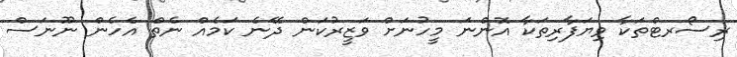
ޜިސޯރޓްތަކާ ވިޔަފާރިތަކާ އޮންނަ މީހުނަށް ވަޒީރުކަން ދޭނެ ކަމެއް ނެތް އެހެން ނޫނަސް